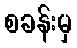
စခန်းမှ